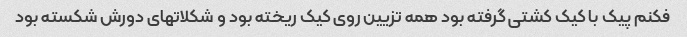
فکنم پیک با کیک کشتی گرفته بود همه تزیین روی کیک ریخته بود و شکلاتهای دورش شکسته بود